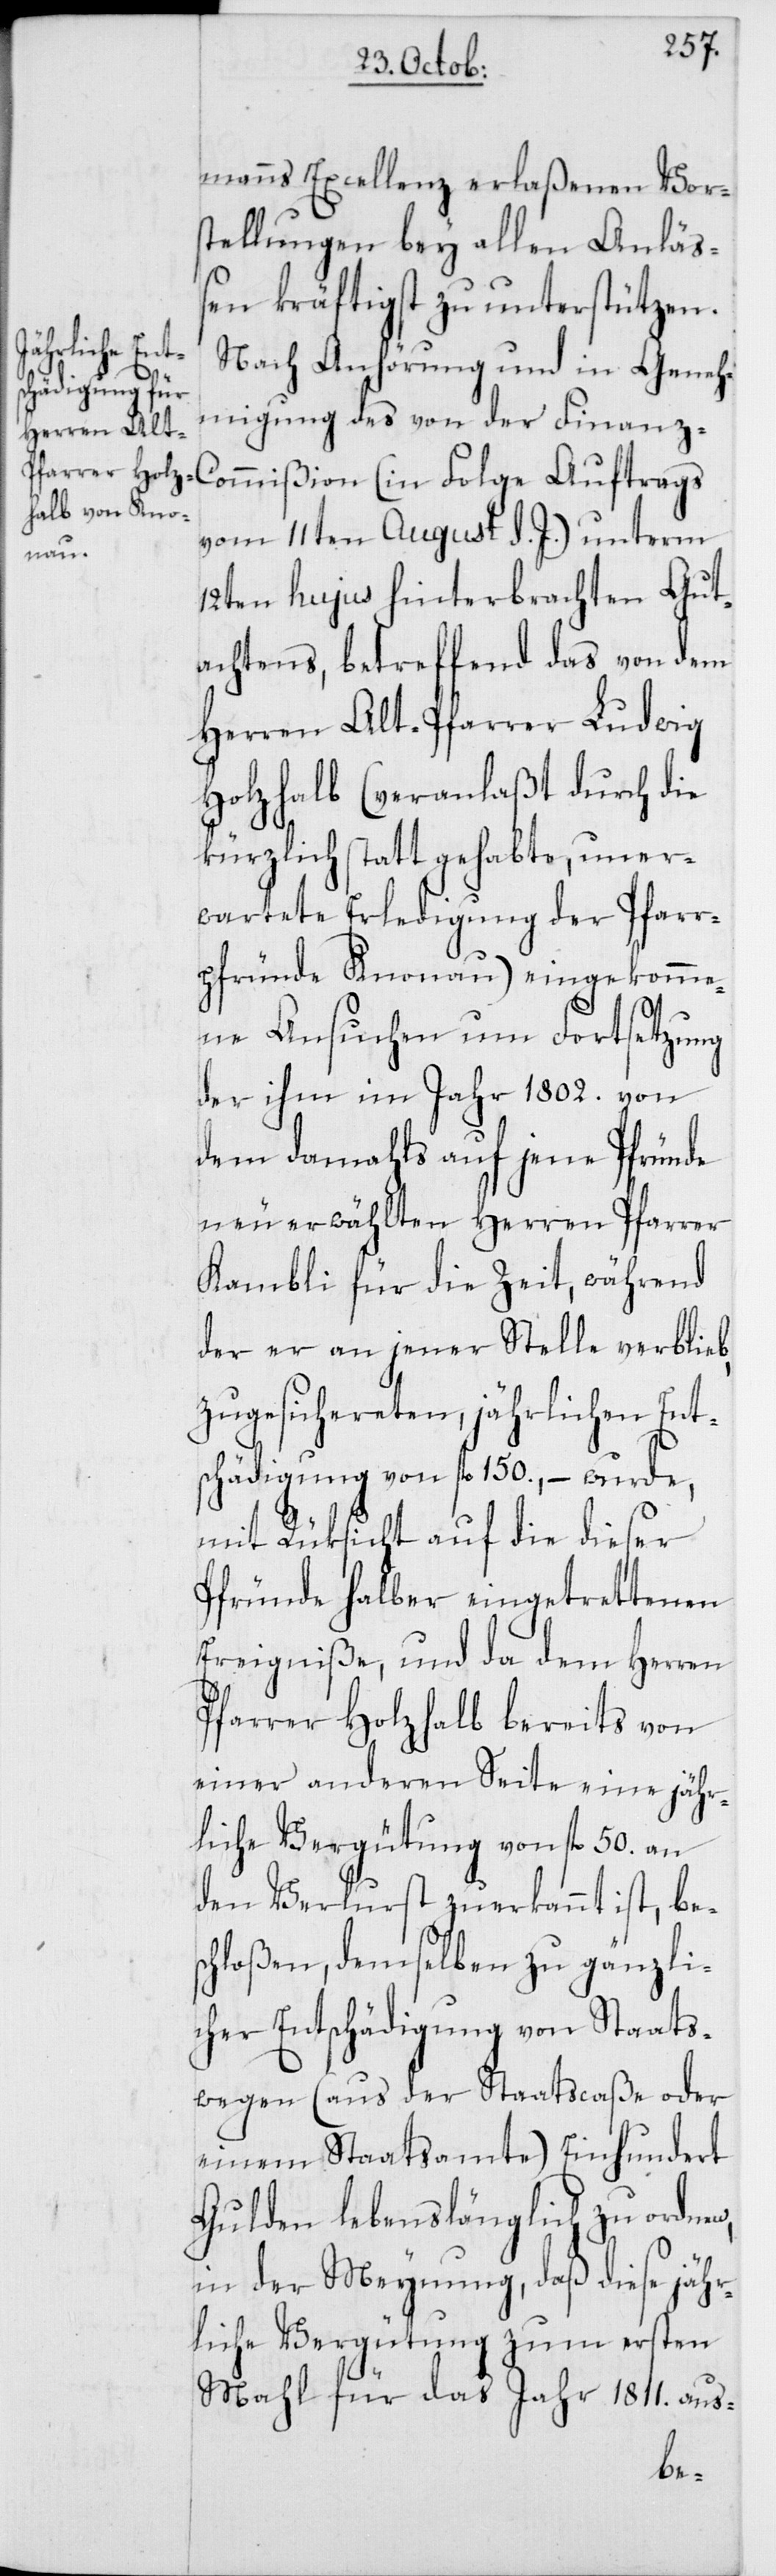
manns Excellenz erlaßenen Vor¬
stellungen bey allen Anlä¬
ßen kräftigst zu unterstützen.
commißion
Nach Anhörung und in Geneh¬
migung des von der Finanz¬
vom 11ten August d. J.) unterm
12ten hujus hinterbrachten Gut¬
achtens, betreffend das von dem
Herren Alt-Pfarrer Ludwig
Holzhalb (veranlaßt durch die
kürzlich statt gehabte, uner¬
wartete Erledigung der Pfarr¬
pfründe Knonau) eingekomme¬
ne Ansuchen um Fortsetzung
der ihm im Jahr 1802. von
dem damahls auf jene Pfründe
neu erwählten Herren Pfarrer
Kambli für die Zeit, während
der er an jener Stelle verblieb,
zugesichereten, jährlichen Ent¬
schädigung von fl. 150., – wurde,
mit Rüksicht auf die dieser
Pfründe halber eingetrettenen
Ereigniße, und da dem Herren
Pfarrer Holzhalb bereits von
einer anderen Seite eine jähr¬
liche Vergütung von fl. 50. an
den Verlurst zuerkannt ist, be¬
schloßen, demselben zu gänzli¬
cher Entschädigung von Staats¬
wegen (aus der Staatscaße oder
einem Staatsamte) Einhundert
Gulden lebenslänglich zu ordnen,
in der Meynung, daß diese jähr¬
liche Vergütung zum ersten
Mahl für das Jahr 1811. aus-